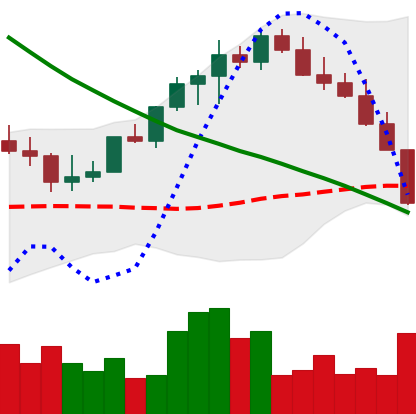
Ticker: LINK-USD
Chart end date: 2022-08-19
Forward return: 3.296%
Label: up_3_5